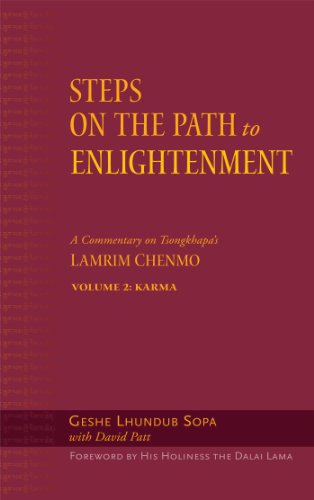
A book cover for Steps on the Path to Enlightenment, Karma: Steps on the Path to Enlightenment: A Commentary on Tsongkhapa's Lamrim Chenmo, Volume 2: Karma (Vol.2); Geshe Lhundub Sopa; Religion & Spirituality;